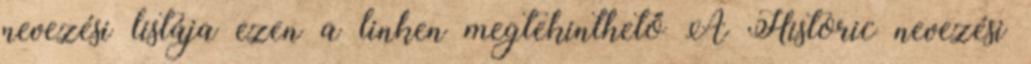
nevezési listája ezen a linken megtekinthető A Historic nevezési